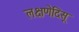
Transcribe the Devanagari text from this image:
लक्षणेदिसू